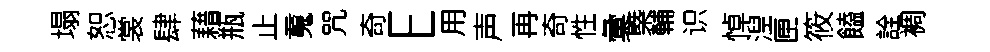
塌恕裳肆藉瓶止䰟咒奇E用声再奇性彙槩輔识悼湼匣筱饁詮裯